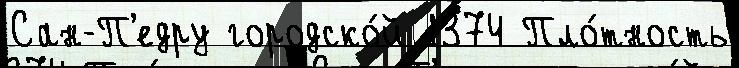
Сан-П'едру городско́й 1374 Пло́тность